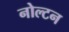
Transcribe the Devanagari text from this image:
नोल्टन